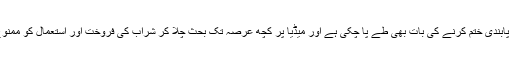
اس لیے یوں محسوس ہوتا ہے کہ غالباً اعلیٰ حلقوں میں شراب پر پابندی ختم کرنے کی بات بھی طے پا چکی ہے اور میڈیا پر کچھ عرصہ تک بحث چلا کر شراب کی فروخت اور استعمال کو ممنوع قرار دینے والا قانون ختم کرنے کی راہ ہموار کی جا رہی ہے۔